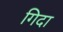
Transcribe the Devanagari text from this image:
गिदा